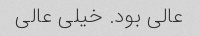
عالی بود. خیلی عالی